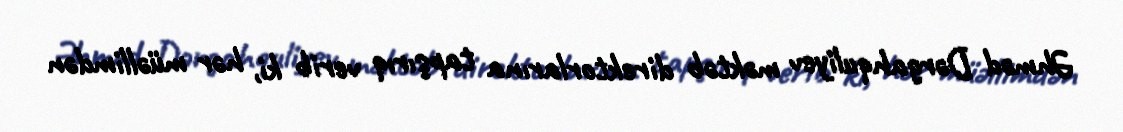
Əhməd Dərgahquliyev məktəb direktorlarına tapşırıq verib ki, hər müəllimdən